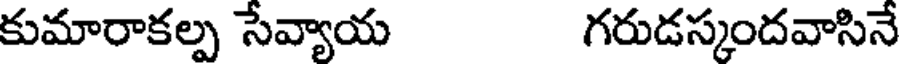
కుమారాకల్ప సేవ్యాయ గరుడస్కందవాసినే